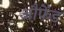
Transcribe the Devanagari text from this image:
औफेंड